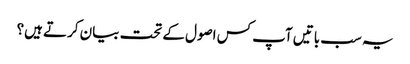
یہ سب باتیں آپ کس اصول کے تحت بیان کرتے ہیں؟